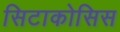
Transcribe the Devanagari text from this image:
सिटाकोसिस